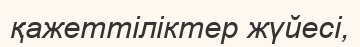
қажеттіліктер жүйесі,